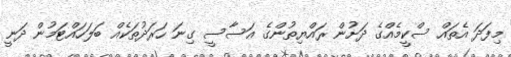
މިފަދަ އެތައް ސްކީމެއްގެ ދަށުން ރައްޔިތުންގެ އަސާސީ ގިނަ ހަރަދުތަކެއް ބަލަހައްޓަމުން ދަނީ